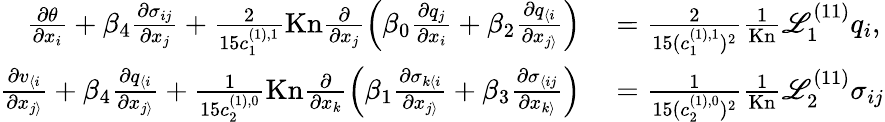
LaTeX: \begin{array}{rl}{\frac{\partial\theta}{\partial x_{i}}+\beta_{4}\frac{\partial\sigma_{ij}}{\partial x_{j}}+\frac{2}{15c_{1}^{(1),1}}\mathrm{Kn}\frac{\partial}{\partial x_{j}}\left(\beta_{0}\frac{\partial q_{j}}{\partial x_{i}}+\beta_{2}\frac{\partial q_{\langle i}}{\partial x_{j\rangle}}\right)}&{{}=\frac{2}{15(c_{1}^{(1),1})^{2}}\frac{1}{\mathrm{Kn}}\mathscr{L}_{1}^{(11)}q_{i},}\\ {\frac{\partial v_{\langle i}}{\partial x_{j\rangle}}+\beta_{4}\frac{\partial q_{\langle i}}{\partial x_{j\rangle}}+\frac{1}{15c_{2}^{(1),0}}\mathrm{Kn}\frac{\partial}{\partial x_{k}}\left(\beta_{1}\frac{\partial\sigma_{k\langle i}}{\partial x_{j\rangle}}+\beta_{3}\frac{\partial\sigma_{\langle ij}}{\partial x_{k\rangle}}\right)}&{{}=\frac{1}{15(c_{2}^{(1),0})^{2}}\frac{1}{\mathrm{Kn}}\mathscr{L}_{2}^{(11)}\sigma_{ij}}\end{array}